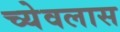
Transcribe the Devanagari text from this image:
च्येवलास